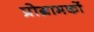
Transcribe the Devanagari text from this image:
प्रोग्रामकों